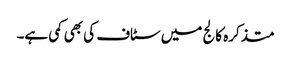
متذکرہ کالج میں سٹاف کی بھی کمی ہے۔